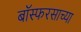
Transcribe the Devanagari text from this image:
बॉस्फरसाच्या